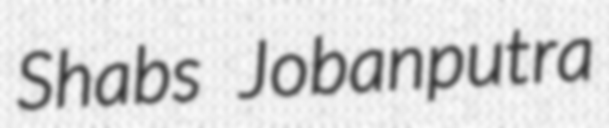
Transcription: Shabs Jobanputra